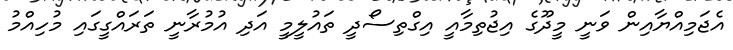
އެޖަމިއްޔާއިން ވަނީ މީދޫގެ އިޖުތިމާއީ އިގްތިސޯދީ ތައުލީމީ އަދި އުމުރާނީ ތަރައްގީގައި މުހިއްމު